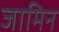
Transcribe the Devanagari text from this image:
जामिन